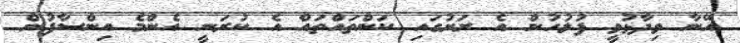
އޭނާ ވިދާޅުވީ ފުލުހުން އެ ރަށުގައި ކަންތައްތައް އެ ކުރަނީ އެންމެ އިންސާފުން